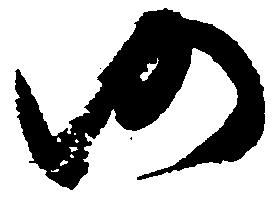
仍